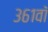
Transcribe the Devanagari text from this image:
३६१वॉ